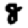
Digit: 8